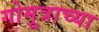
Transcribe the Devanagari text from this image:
गोमूत्राच्या